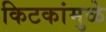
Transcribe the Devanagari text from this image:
किटकांमुळे